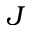
J